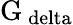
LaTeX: \mathrm{G_{\ delta}}